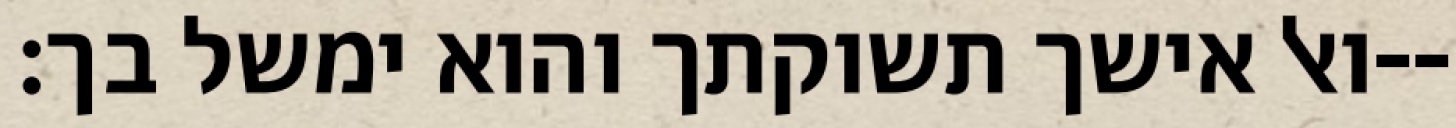
ואל אישך תשוקתך והוא ימשל בך׃--